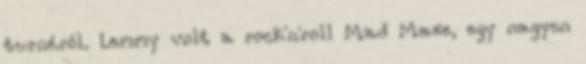
turnéról. Lemmy volt a rock'n'roll Mad Maxe, egy nagyon